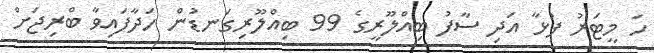
ހަ މީޓަރު ފުޅާ އަދި ސާފު ބިއްލޫރީގެ 99 ބިއްލޫރިގަނޑުން ހަދާފައިވާ ބްރިޖަށް